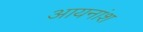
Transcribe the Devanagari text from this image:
आयनांश